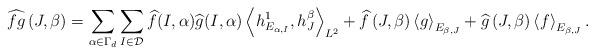
LaTeX: \begin{align*}\widehat{fg}\left( J,\beta\right) = \sum_{\alpha\in\Gamma_d}\sum_{I\in\mathcal{D}}\widehat{f}(I,\alpha) \widehat{g}(I,\alpha) \left\langle h_{E_{\alpha,I}}^1, h_{J}^{\beta}\right\rangle_{L^2}+\widehat{f}\left( J,\beta \right) \left\langle g\right\rangle_{E_{\beta,J}}+\widehat{g}\left( J,\beta\right) \left\langle f\right\rangle_{E_{\beta,J}}.\end{align*}